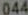
044